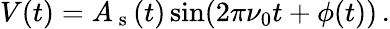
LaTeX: V(t)=A_{\mathrm{~s~}}(t)\sin(2\pi\nu_{0}t+\phi(t))\, .